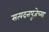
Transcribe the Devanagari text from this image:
सत्यदत्तपूजेच्या